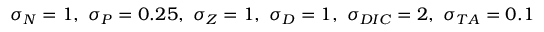
\sigma _ { N } = 1 , ~ \sigma _ { P } = 0 . 2 5 , ~ \sigma _ { Z } = 1 , ~ \sigma _ { D } = 1 , ~ \sigma _ { D I C } = 2 , ~ \sigma _ { T A } = 0 . 1